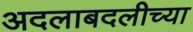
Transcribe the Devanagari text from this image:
अदलाबदलीच्या